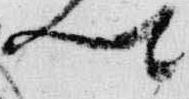
卿